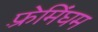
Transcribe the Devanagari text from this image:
फ़्रेमिंघम